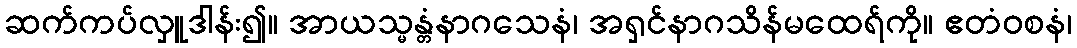
ဆက်ကပ်လှူဒါန်း၍။ အာယသ္မန္တံနာဂသေနံ၊ အရှင်နာဂသိန်မထေရ်ကို။ ဧတံဝစနံ၊